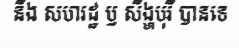
នឹង សហរដ្ឋ ឫ សឹង្ហបុរី បានទេ